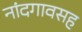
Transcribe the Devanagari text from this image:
नांदगावसह